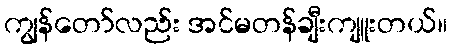
ကျွန်တော်လည်း အင်မတန်ချီးကျူးတယ်။